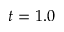
t = 1 . 0